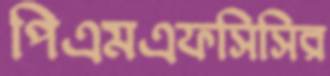
পিএমএফসিসির